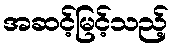
အဆင့်မြင့်သည့်